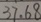
3 7 . 6 8